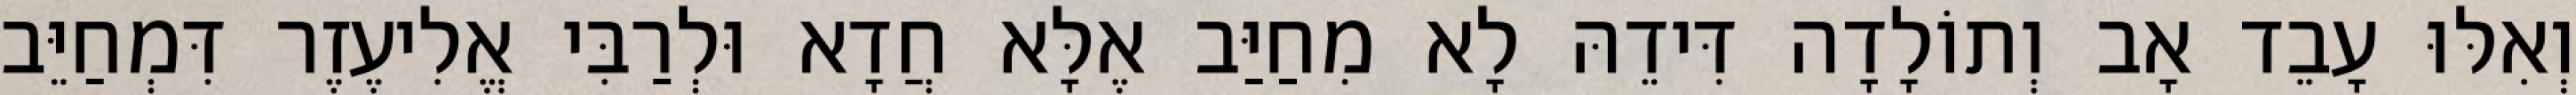
וְאִלּוּ עָבֵד אָב וְתוֹלָדָה דִּידֵהּ לָא מִחַיַּב אֶלָּא חֲדָא וּלְרַבִּי אֱלִיעֶזֶר דִּמְחַיֵּב